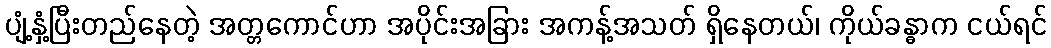
ပျံ့နှံ့ပြီးတည်နေတဲ့ အတ္တကောင်ဟာ အပိုင်းအခြား အကန့်အသတ် ရှိနေတယ်၊ ကိုယ်ခန္ဓာက ငယ်ရင်